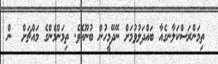
ތިމަންރަސްކަލާނގެއާ ބައްދަލުވުމަށް ނޭދޭމީހުން ބުނޫއެވެ. ތިމަންމެންގެ މައްޗަށް  ން